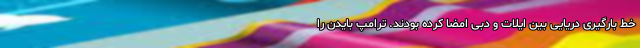
خط بارگیری دریایی بین ایلات و دبی امضا کرده بودند. ترامپ بایدن را